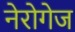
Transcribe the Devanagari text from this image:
नेरोगेज